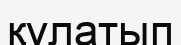
құлатып